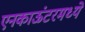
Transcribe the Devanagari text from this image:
एनकाऊंटरमध्ये